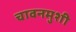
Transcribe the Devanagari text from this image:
चावनमुशी